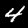
Label: 4